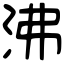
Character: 沸